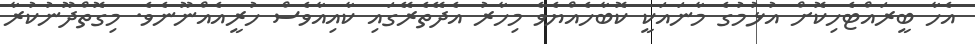
އެހާ ބީރައްޓެހިކޮށް އުޅުމުގެ މާނައަކީ ކޮބާހެއްޔެވެ މިހާރު އެދޭތެރޭގައި ކާއިއާވެސް ހުރީއެއްނޫނެވެ. މިގޮތްދޫނުކުރާ